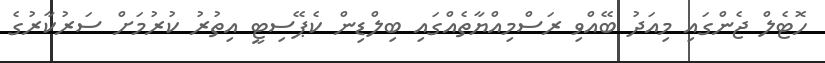
ހޮޓެލް ޖެންގައި މިއަދު ބޭއްވި ރަސްމިއްޔާތެއްގައި ބިލްޑިން ކެޕޭސިޓީ އިތުރު ކުރުމަށް ސަރުކާރުގެ